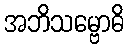
အဘိသမ္ဗောဓိ